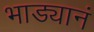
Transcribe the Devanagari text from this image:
भाड्यानं